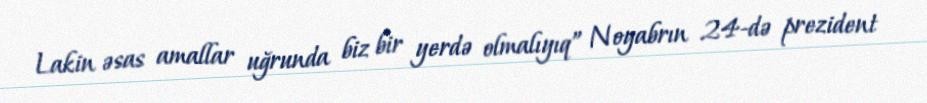
Lakin əsas amallar uğrunda biz bir yerdə olmalıyıq” Noyabrın 24-də prezident